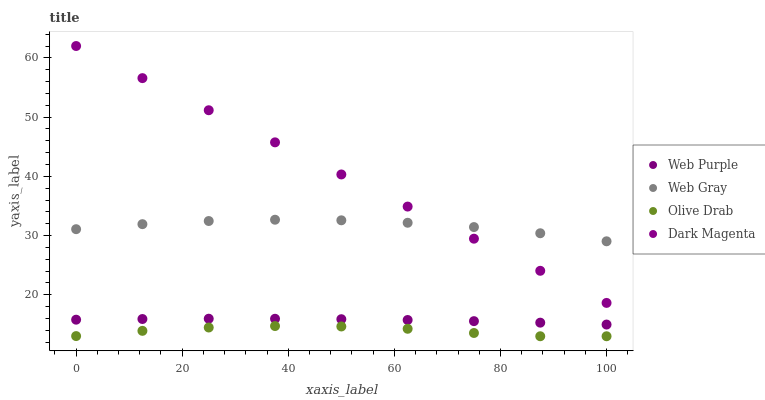
| xaxis_label | Web Purple | Web Gray | Olive Drab | Dark Magenta |
 | --- | --- | --- | --- | --- |
 | 0 | 15.8 | 31.1 | 13 | 62 |
 | 12.5 | 15.9 | 31.9 | 13.9 | 56.6 |
 | 25 | 16 | 32.5 | 14.5 | 51.2 |
 | 37.5 | 16 | 32.7 | 14.7 | 45.7 |
 | 50 | 15.9 | 32.6 | 14.7 | 40.3 |
 | 62.5 | 15.7 | 32.2 | 14.3 | 34.9 |
 | 75 | 15.6 | 31.4 | 13.6 | 29.5 |
 | 87.5 | 15.3 | 30.4 | 13 | 24.1 |
 | 100 | 15 | 29 | 13 | 18.6 |